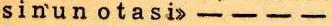
sinun otasi> - - - -